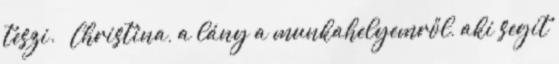
teszi. – Christina, a lány a munkahelyemről, aki segít